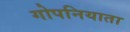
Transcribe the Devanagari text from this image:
गोपनियाता